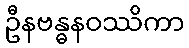
ဦနဗန္ဓနဝဿိကာ